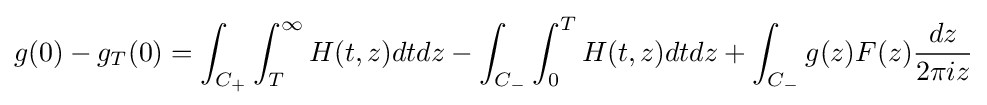
g(0)-g_{T}(0)=\int _{C_{+}}\int _{T}^{\infty }H(t,z)dtdz-\int _{C_{-}}\int _{0}^{T}H(t,z)dtdz+\int _{C_{-}}g(z)F(z){\frac {dz}{2\pi iz}}